Indian journal of veterinary science and animal husbandry - Volume 12,
Year: 1942
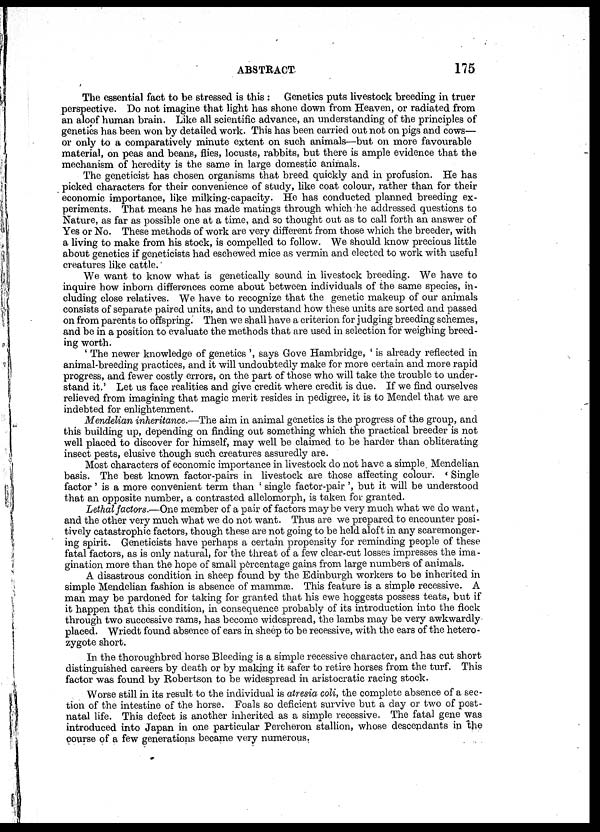
ABSTRACT
175
The essential fact to be stressed is this : Genetics puts livestock breeding in truer
perspective. Do not imagine that light has shone down from Heaven, or radiated from
an aloof human brain. Like all scientific advance, an understanding of the principles of
genetics has been won by detailed work. This has been carried out not on pigs and cows—
or only to a comparatively minute extent on such animals—but on more favourable
material, on peas and beans, flies, locusts, rabbits, but there is ample evidence that the
mechanism of heredity is the same in large domestic animals.
The geneticist has chosen organisms that breed quickly and in profusion. He has
picked characters for their convenience of study, like coat colour, rather than for their
economic importance, like milking-capacity. He has conducted planned breeding ex-
periments. That means he has made matings through which he addressed questions to
Nature, as far as possible one at a time, and so thought out as to call forth an answer of
Yes or No. These methods of work are very different from those which the breeder, with
a living to make from his stock, is compelled to follow. We should know precious little
about genetics if geneticists had eschewed mice as vermin and elected to work with useful
creatures like cattle.
We want to know what is genetically sound in livestock breeding. We have to
inquire how inborn differences come about between individuals of the same species, in-
cluding close relatives. We have to recognize that the genetic makeup of our animals
consists of separate paired units, and to understand how these units are sorted and passed
on from parents to offspring. Then we shall have a criterion for judging breeding schemes,
and be in a position to evaluate the methods that are used in selection for weighing breed-
ing worth.
' The newer knowledge of genetics ', says Gove Hambridge, ' is already reflected in
animal-breeding practices, and it will undoubtedly make for more certain and more rapid
progress, and fewer costly errors, on the part of those who will take the trouble to under-
stand it.' Let us face realities and give credit where credit is due. If we find ourselves
relieved from imagining that magic merit resides in pedigree, it is to Mendel that we are
indebted for enlightenment.
Mendelian inheritance.—The aim in animal genetics is the progress of the group, and
this building up, depending on finding out something which the practical breeder is not
well placed to discover for himself, may well be claimed to be harder than obliterating
insect pests, elusive though such creatures assuredly are.
Most characters of economic importance in livestock do not have a simple Mendelian
basis. The best known factor-pairs in livestock are those affecting colour. 'Single
factor ' is a more convenient term than ' single factor-pair ', but it will be understood
that an opposite number, a contrasted allelomorph, is taken for granted.
Lethal factors.—One member of a pair of factors may be very much what we do want,
and the other very much what we do not want. Thus are we prepared to encounter posi-
tively catastrophic factors, though these are not going to be held aloft in any scaremonger-
ing spirit. Geneticists have perhaps a certain propensity for reminding people of these
fatal factors, as is only natural, for the threat of a few clear-cut losses impresses the ima-
gination more than the hope of small percentage gains from large numbers of animals.
A disastrous condition in sheep found by the Edinburgh workers to be inherited in
simple Mendelian fashion is absence of mammæ. This feature is a simple recessive. A
man may be pardoned for taking for granted that his ewe hoggests possess teats, but if
it happen that this condition, in consequence probably of its introduction into the flock
through two successive rams, has become widespread, the lambs may be very awkwardly
placed. Wriedt found absence of ears in sheep to be recessive, with the ears of the hetero-
zygote short.
In the thoroughbred horse Bleeding is a simple recessive character, and has cut short
distinguished careers by death or by making it safer to retire horses from the turf. This
factor was found by Robertson to be widespread in aristocratic racing stock.
Worse still in its result to the individual is atresia coli, the complete absence of a sec-
tion of the intestine of the horse. Foals so deficient survive but a day or two of post-
natal life. This defect is another inherited as a simple recessive. The fatal gene was
introduced into Japan in one particular Percheron stallion, whose descendants in the
course of a few generations became very numerous.